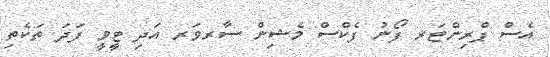
އެސް ޕްރިންޓަރ ފޯނު ފެކްސް މެޝިން ސާރވަރ އަދި ޓީވީ ފަދަ ތަކެތި